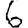
Digit: 6